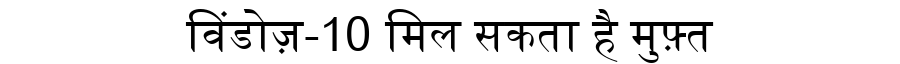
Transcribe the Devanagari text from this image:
विंडोज़-10 मिल सकता है मुफ़्त